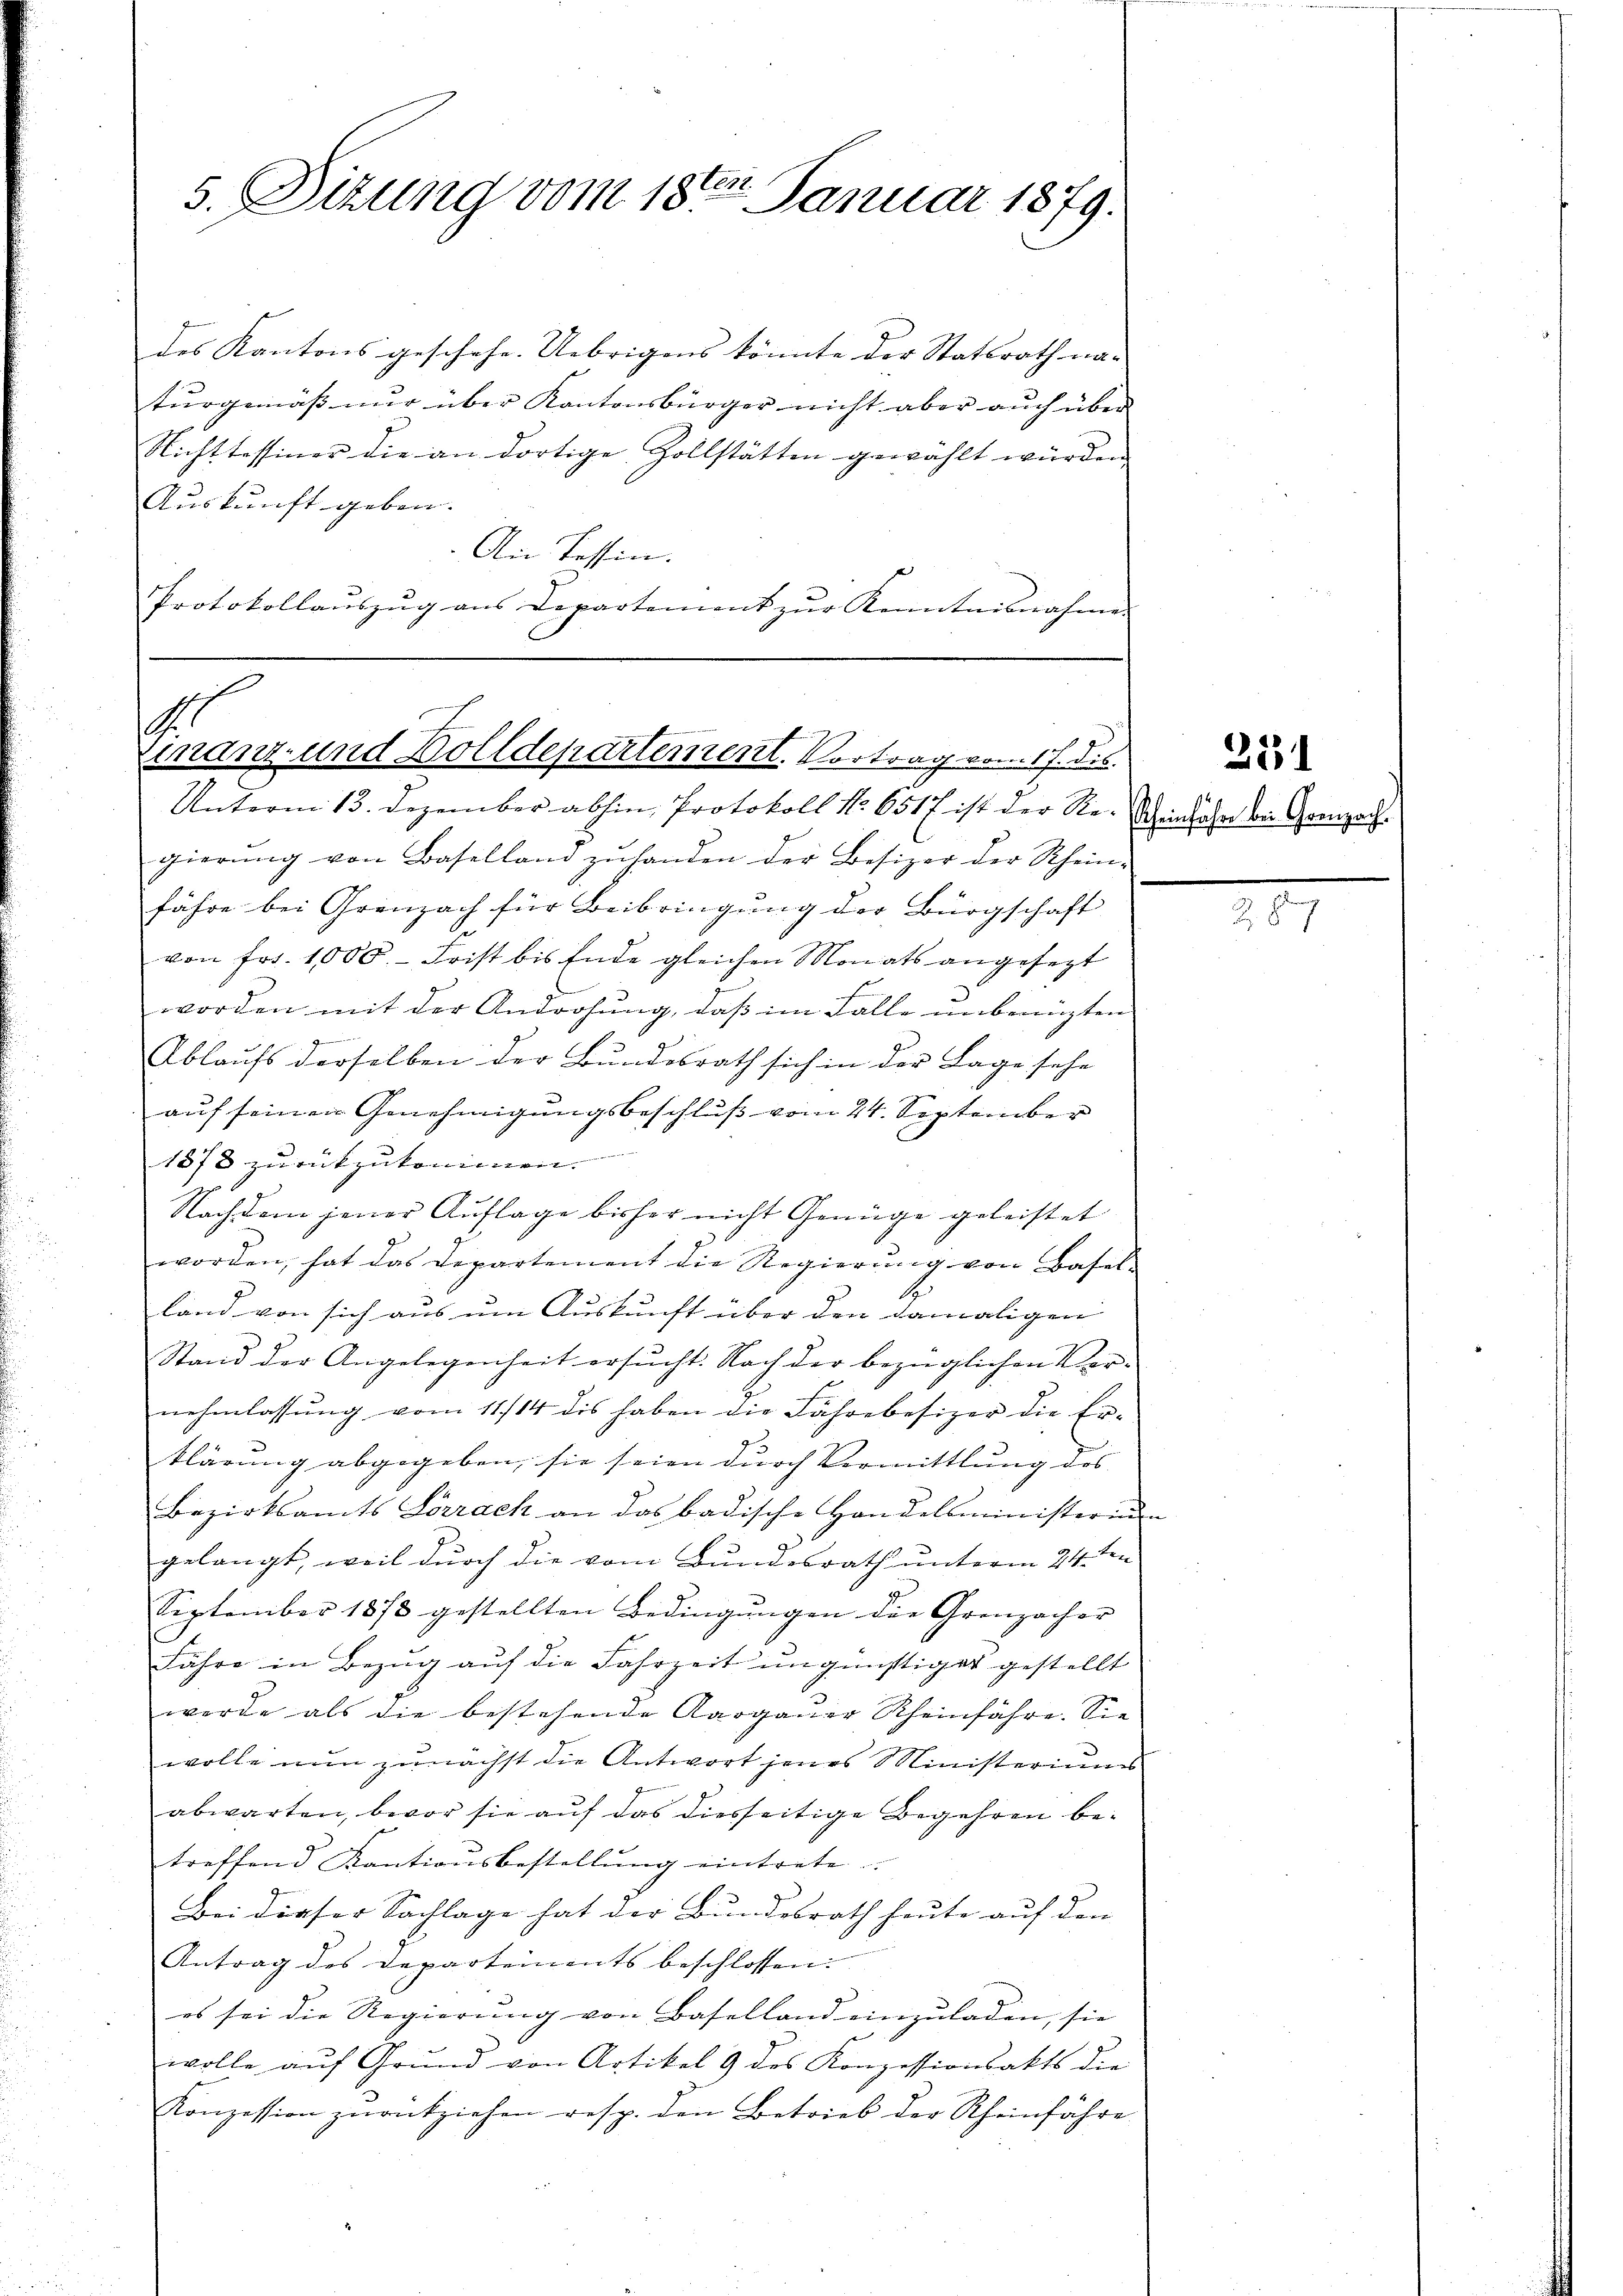
5. Sizung vom 18ten Januar 1879.

des Kantons geschehe. Uebrigens könnte der Statsrath na-
turgemäß nur über Kantonsbürger nicht aber auch über
Nicht tessiner die an dortige Zollstätten gewählt wurden |
Auskunft geben.
An Tessin.
Protokollauszug aus Departement zur Kenntnisnahme
Unterm 13. Dezember abhin, Protokoll No 6517 ist der Re-Scheinbahn der Grenzech
gierung von Baselland zuhanden der Besizer der Rhein-
fähre bei Grenzach für Beibringung der Bürgschaft
von Frs. 1000.- Frist bis Ende gleichen Monats angesezt
¬
worden mit der Androhung, daß im Falle unbenuzten
ge
Ablaufs derselben der Bundesrath sich in der Lage sehe
auf seinen Genehmigungsbeschluß vom 24. September
1878 zurückzukommen.
Nachdem jener Auflage bisher nicht Genüge geleistet
worden, hat das Departement die Regierung von Basel-
land von sich aus um Auskunft über den damaligen
Stand der Angelegenheit ersucht. Nach der bezüglichen Ver-
nehmlassung vom 11./14 dis haben die Fährebesizer die Er-
klärung abgegeben, sie seien durch Vermittlung des
Bezirksamts Lörrach an das badische Handelsminister un
gelangt, weil durch die vom Bundesrath unterm 24. ten
September 1878 gestellten Bedingungen die Grenzacher
Jahre in Bezŭg aŭf die Fahrzeit ungünstiger gestellt
werde als die bestehende Aargauer Rheinfahre. Sie
wolle nun zunächst die Antwort jenes Ministeriums
abwarten, bevor sie auf das diesseitige Begehren betreffend Kantionsbestellŭng eintrete
Bei dieser Sachlage hat der Bundesrath heute auf den
Antrag des Departements beschlossen:
es sei die Regierŭng von Baselland einzuladen, sie
wolle auf Grund von Artikel 9 des Konzessionsakts die
Konzession zŭrückziehen resp. den Betrieb der Rheinfahre

.
Einanz- und Dolldepartement. Vortrag vom 17. dis

251

28